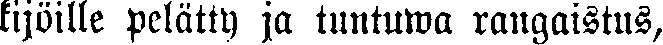
kijöille pelätty ja tuntuwa rangaistus,